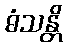
ဓံသန္တိ